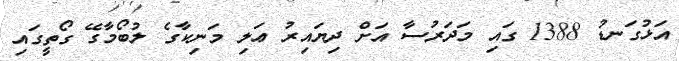
އަޅުގަނޑު 1388 ގައި މަދަރުސާ އަށް ދިޔައިރު ޢަލި މަނިކާގެ ލުބޯމާގޭ ގޯތީގައި